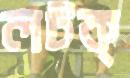
লটক্